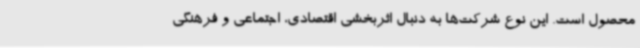
محصول است. این نوع شرکت‌ها به دنبال اثربخشی اقتصادی، اجتماعی و فرهنگی